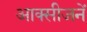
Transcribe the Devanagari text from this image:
आक्सीजनें